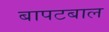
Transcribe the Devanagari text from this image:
बापटबाल